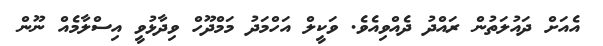
އެއަށް ދައުލަތުން ރައްދު ދެއްވިއެވެ. ވަކީލް އަހްމަދު މަމްދޫހް ވިދާޅުވީ އިސްލާމެއް ނޫން